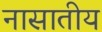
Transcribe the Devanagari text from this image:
नासातीय